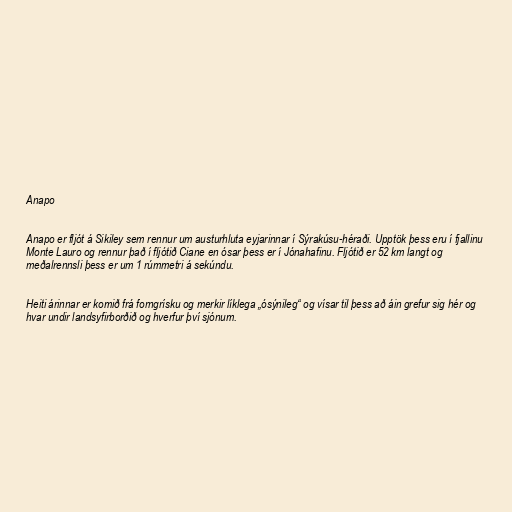
Anapo

Anapo er fljót á Sikiley sem rennur um austurhluta eyjarinnar í Sýrakúsu-héraði. Upptök þess eru í fjallinu
Monte Lauro og rennur það í fljótið Ciane en ósar þess er í Jónahafinu. Fljótið er 52 km langt og
meðalrennsli þess er um 1 rúmmetri á sekúndu.

Heiti árinnar er komið frá forngrísku og merkir líklega „ósýnileg“ og vísar til þess að áin grefur sig hér og
hvar undir landsyfirborðið og hverfur því sjónum.